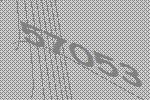
57053